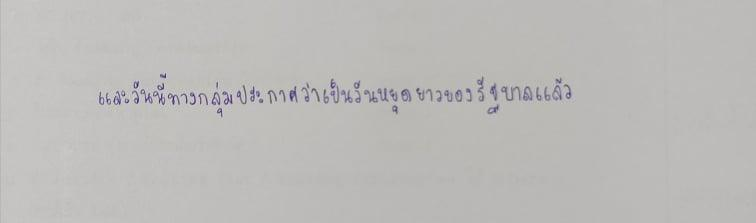
และวันนี้ทางกลุ่มประกาศว่าเป็นวันหยุดยาวของรัฐบาลแล้ว